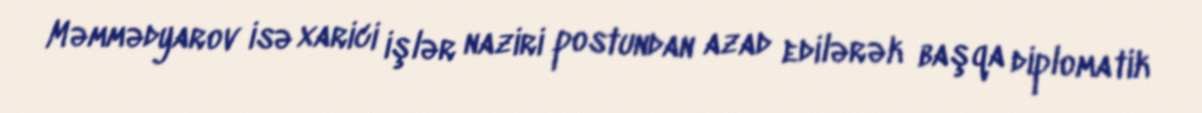
Məmmədyarov isə xarici işlər naziri postundan azad edilərək başqa diplomatik